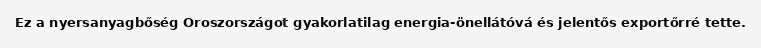
Ez a nyersanyagbőség Oroszországot gyakorlatilag energia-önellátóvá és jelentős exportőrré tette.